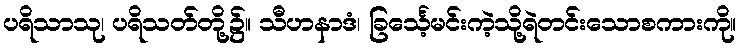
ပရိသာသု၊ ပရိသတ်တို့၌။ သီဟနာဒံ၊ ခြင်္သေ့မင်းကဲ့သို့ရဲတင်းသောစကားကို။